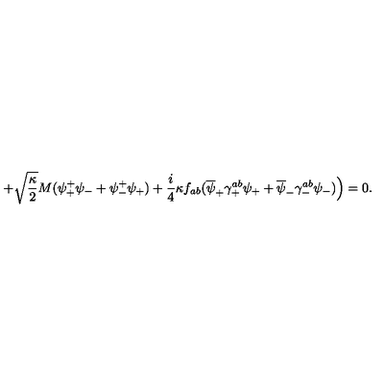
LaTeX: + \sqrt { \frac { \kappa } { 2 } } M ( \psi _ { + } ^ { + } \psi _ { - } + \psi _ { - } ^ { + } \psi _ { + } ) + \frac { i } { 4 } \kappa f _ { a b } ( \overline { { \psi } } _ { + } \gamma _ { + } ^ { a b } \psi _ { + } + \overline { { \psi } } _ { - } \gamma _ { - } ^ { a b } \psi _ { - } ) \Big ) = 0 .